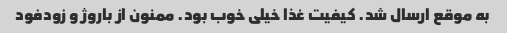
به موقع ارسال شد. کیفیت غذا خیلی خوب بود. ممنون از باروژ و زودفود